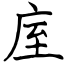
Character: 庢